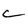
Character: C